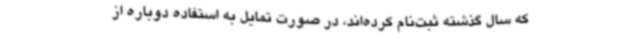
که سال گذشته ثبت‌نام کرده‌اند، در صورت تمایل به استفاده دوباره از